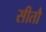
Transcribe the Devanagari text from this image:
सीतौ